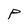
Character: P